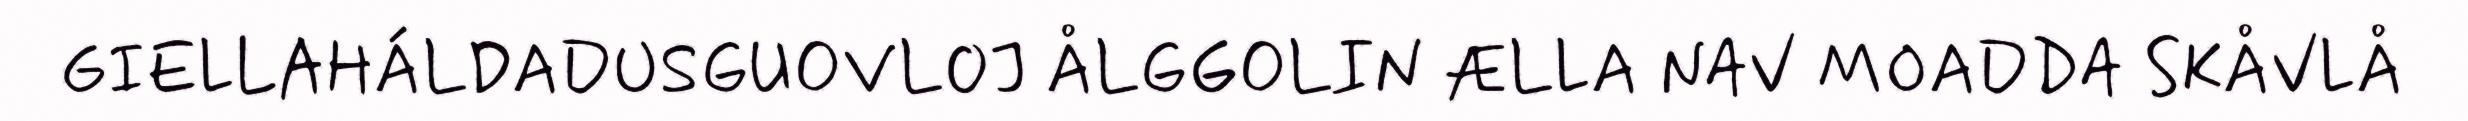
GIELLAHÁLDADUSGUOVLOJ ÅLGGOLIN ÆLLA NAV MOADDA SKÅVLÅ